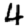
Digit: 4